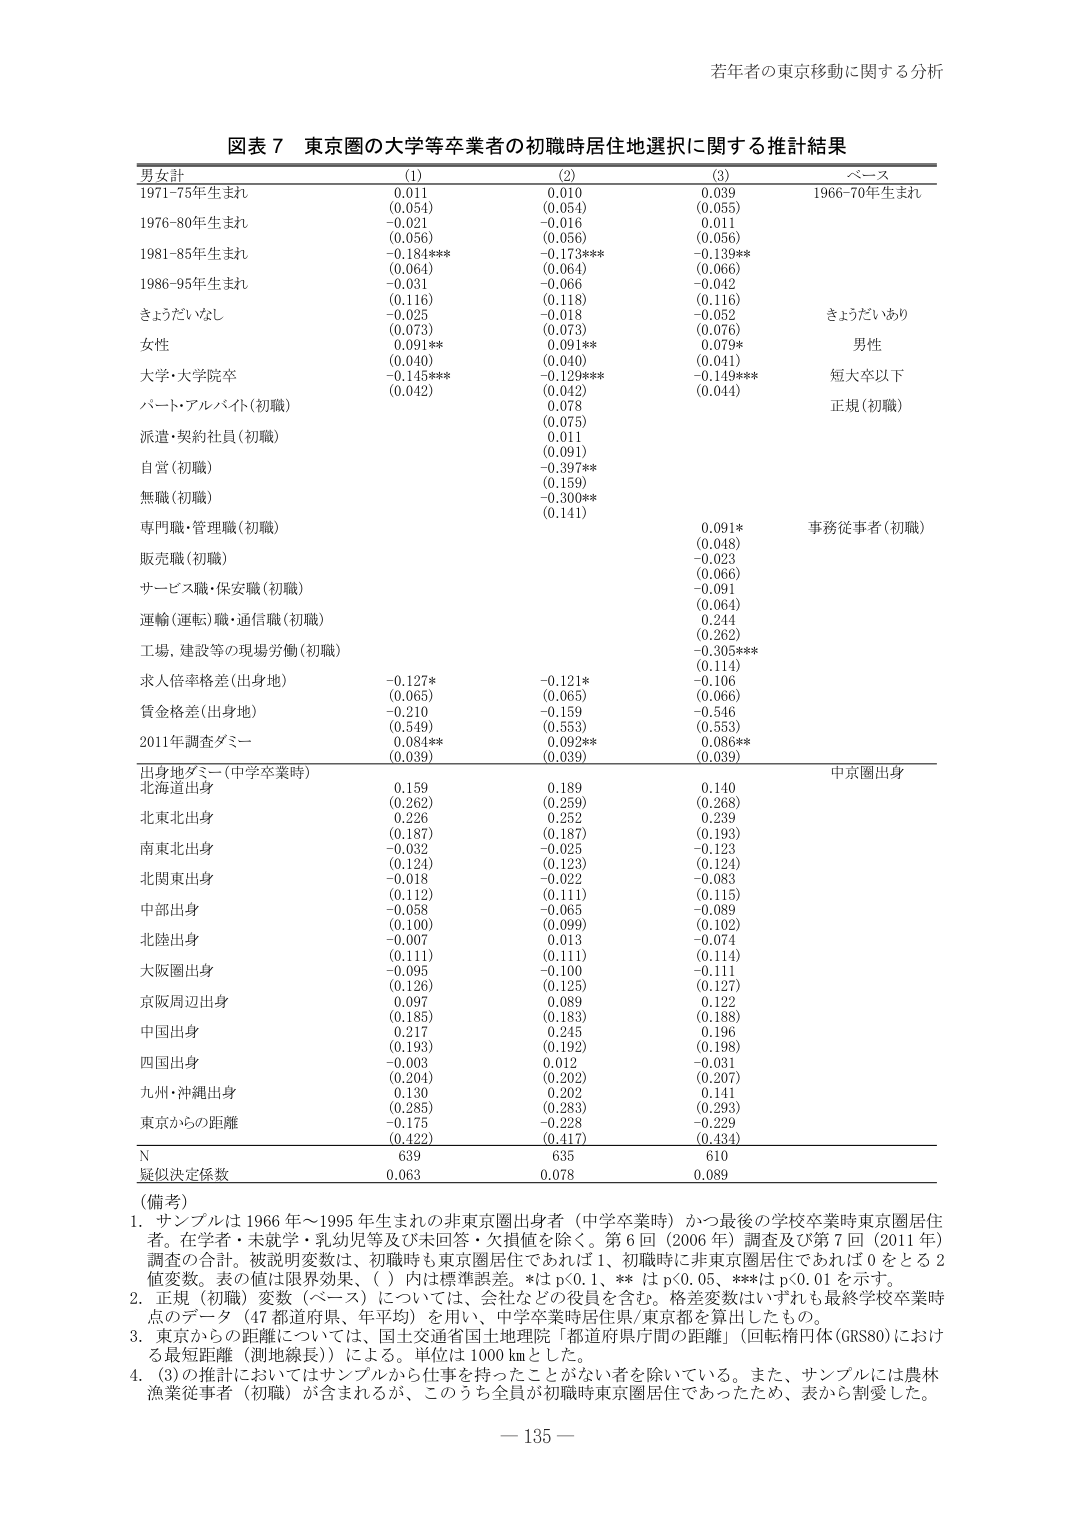
若年者の東京移動に関する分析

図表７ 東京圏の大学等卒業者の初職時居住地選択に関する推計結果

男女計 (1) (2) (3) ベース
1971-75年生まれ 0.011 0.010 0.039 1966-70年生まれ
(0.054) (0.054) (0.055)
1976-80年生まれ -0.021 -0.016 0.011
(0.056) (0.056) (0.056)
1981-85年生まれ -0.184*** -0.173*** -0.139**
(0.064) (0.064) (0.066)
1986-95年生まれ -0.031 -0.066 -0.042
(0.116) (0.118) (0.116)
きょうだいなし -0.025 -0.018 -0.052 きょうだいあり
(0.073) (0.073) (0.076)
女性 0.091** 0.091** 0.079* 男性
(0.040) (0.040) (0.041)
大学・大学院卒 -0.145*** -0.129*** -0.149***
(0.042) (0.042) (0.044)
パート・アルバイト（初職） 0.078 正規（初職）
(0.075)
派遣・契約社員（初職） 0.011
(0.091)
自営（初職） -0.397**
(0.159)
無職（初職） -0.300**
(0.141)
専門職・管理職（初職） 0.091* 事務従事者（初職）
(0.048)
販売職（初職） -0.023
(0.066)
サービス職・保安職（初職） -0.091
(0.064)
運輸（運転）職・通信職（初職） 0.244
(0.262)
工場、建設等の現場労働（初職） -0.305***
(0.114)
求人倍率格差（出身地） -0.127* -0.121* -0.106
(0.065) (0.065) (0.066)
賃金格差（出身地） -0.210 -0.159 -0.546
(0.549) (0.553) (0.553)
2011年調査ダミー 0.084** 0.092** 0.086**
(0.039) (0.039) (0.039)
出身地ダミー（中学卒業時） 中京圏出身
北海道出身 0.159 0.189 0.140
(0.262) (0.259) (0.268)
北東北出身 0.226 0.252 0.239
(0.187) (0.187) (0.193)
南東北出身 -0.032 -0.025 -0.123
(0.124) (0.123) (0.124)
北関東出身 -0.018 -0.022 -0.083
(0.112) (0.111) (0.115)
中部出身 -0.058 -0.065 -0.089
(0.100) (0.099) (0.102)
北陸出身 -0.007 0.013 -0.074
(0.111) (0.111) (0.114)
大阪圏出身 -0.095 -0.100 -0.111
(0.126) (0.125) (0.127)
京阪周辺出身 0.097 0.089 0.122
(0.185) (0.183) (0.188)
中国出身 0.217 0.245 0.196
(0.193) (0.192) (0.198)
四国出身 -0.003 0.012 -0.031
(0.204) (0.202) (0.207)
九州・沖縄出身 0.130 0.202 0.141
(0.285) (0.283) (0.293)
東京からの距離 -0.175 -0.228 -0.229
(0.422) (0.417) (0.434)
N 639 635 610
疑似決定係数 0.063 0.078 0.089

（備考）
1. サンプルは1966年～1995年生まれの非東京圏出身者（中学卒業時）かつ最後の学校卒業時東京圏居住者。在学者・未就学・乳幼児等及び未回答・欠損値を除く。第6回（2006年）調査及び第7回（2011年）調査の合計。被説明変数は、初職時も東京圏居住であれば1、初職時に非東京圏居住であれば0をとる2値変数。表の値は限界効果、（）内は標準誤差。*はp<0.1、**はp<0.05、***はp<0.01を示す。
2. 正規（初職）変数（ベース）については、会社などの役員を含む。格差変数はいずれも最終学校卒業時点のデータ（47都道府県、年平均）を用い、中学卒業時居住県/東京都を算出したもの。
3. 東京からの距離については、国土交通省国土地理院「都道府県庁間の距離」（回転楕円体GRS80）における最短距離（測地線長）による。単位は1000kmとした。
4. (3)の推計においてはサンプルから仕事を持ったことがない者を除いている。また、サンプルには農林漁業従事者（初職）が含まれるが、このうち全員が初職時東京圏居住であったため、表から割愛した。

－135－